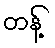
တန့်